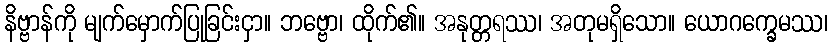
နိဗ္ဗာန်ကို မျက်မှောက်ပြုခြင်းငှာ။ ဘဗ္ဗော၊ ထိုက်၏။ အနုတ္တရဿ၊ အတုမရှိသော။ ယောဂက္ခေမဿ၊